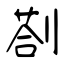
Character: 剳